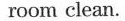
room clean.